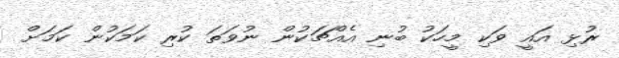
ރުޅި އައީ ވަކި މީހަކު ބުނި އެއްޗަކުން ނުވަތަ ކުރި ކަމަކުން ކަމަށް